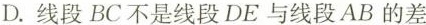
D.线段BC不是线段DE与线段AB的差